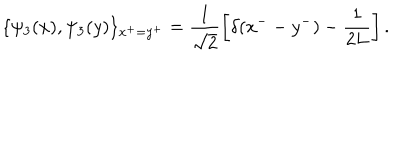
\{ \psi _ { 3 } ( x ) , \psi _ { 3 } ( y ) \} _ { x ^ { + } = y ^ { + } } = \frac { 1 } { \sqrt 2 } \left[ \delta ( x ^ { -- } y ^ { - } ) - \frac { 1 } { 2 L } \right] .